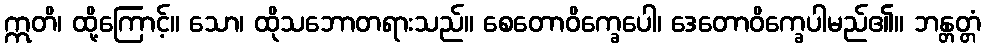
ဣတိ၊ ထို့ကြောင့်။ သော၊ ထိုသဘောတရားသည်။ စေတောဝိက္ခေပေါ၊ ဒေတောဝိက္ခေပါမည်၏။ ဘန္တတ္တံ